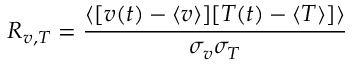
R _ { v , T } = \frac { \langle [ v ( t ) - \langle v \rangle ] [ T ( t ) - \langle T \rangle ] \rangle } { \sigma _ { v } \sigma _ { T } }